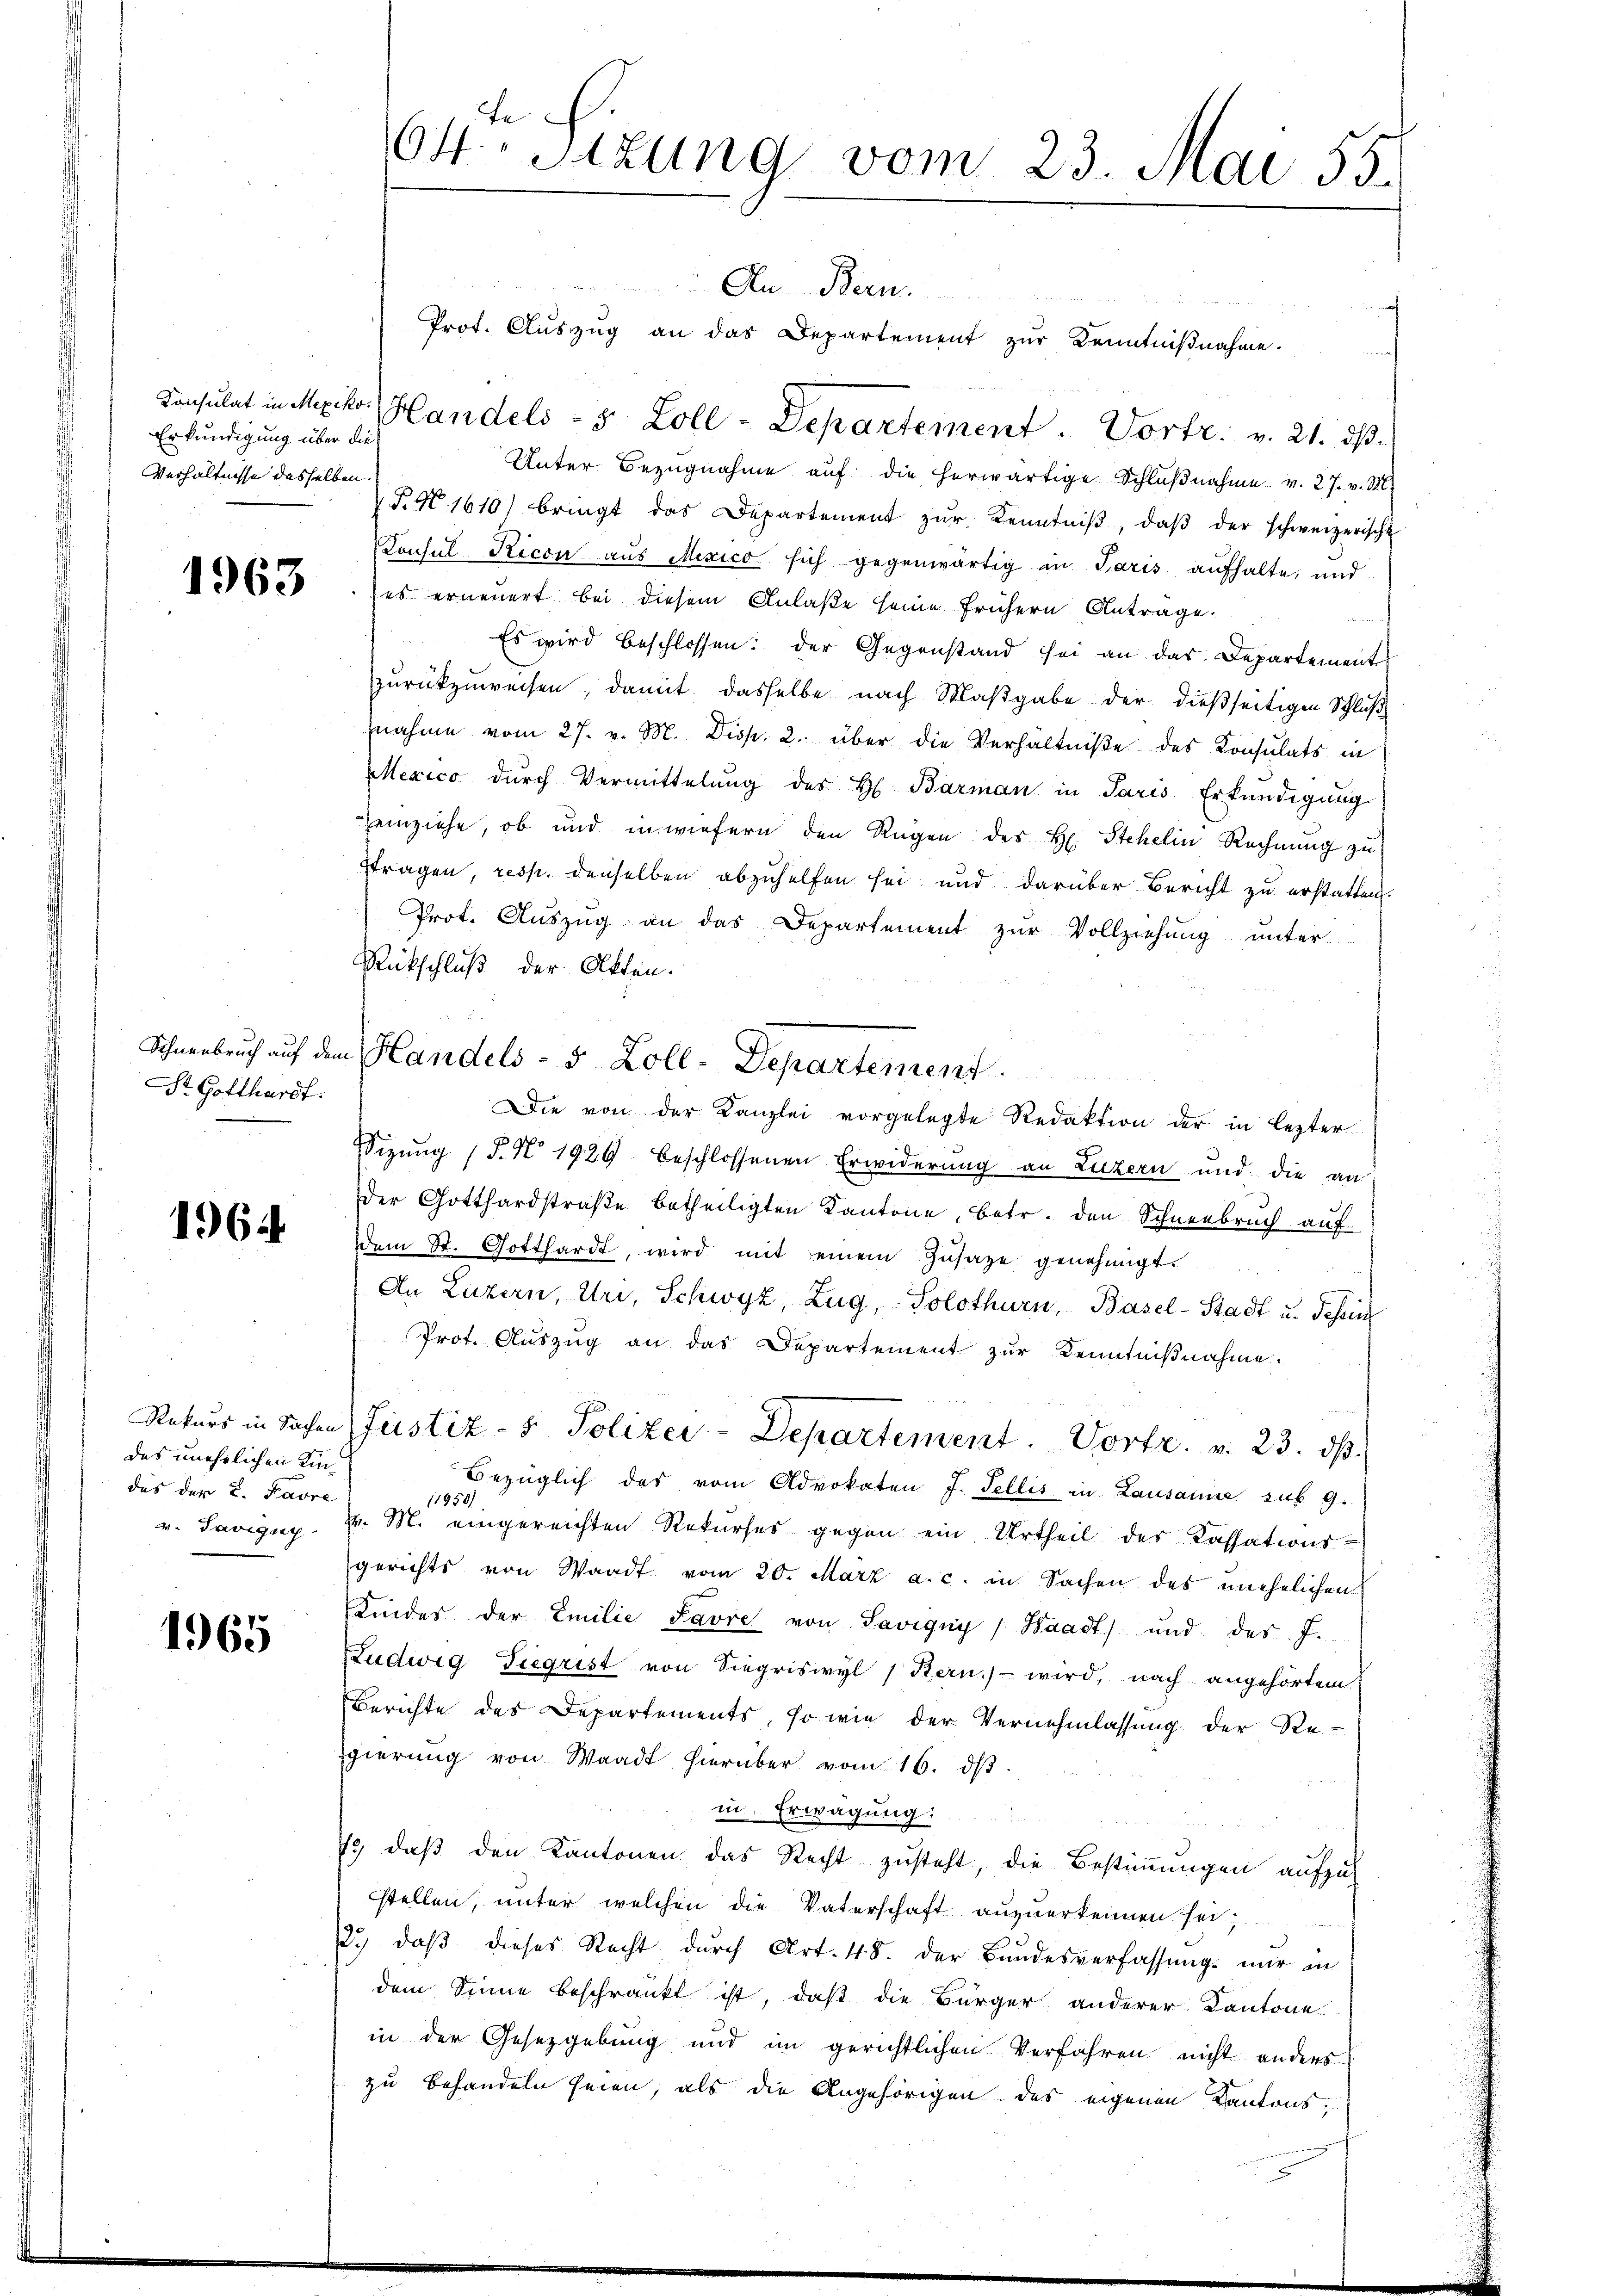
Erkundigung über die
Verhältnisse desselben.

1963

1964

1965

Str. Gotthardt.

das unehrlichen Kindas der u. Pavre

64 Sizung vom 23. Mai 55.

Au Bern
Prot. Aŭszŭg an das Departement zŭr Kenntniβnahme.
Konsulat in Mexikon, Handels - 5. Zoll - Departement. Vortr. v. 21. ds.
Unter Bezŭgnahme aŭf die herwärtige Schlŭβnahme v. 27. v. M.
§. N 1610) bringt das Departement zŭr Kenntniβ, daβ der schweizerische
Tonsul Ricon aus Mexico sich gegenwärtig in Paris aufhalte, und
es erneuert bei diesem Anlaße seine frühern Antrage.
Es wird beschlossen: der Gegenstand sei an das Departement
zurückzuweisen, damit dasselbe nach Maßgabe der dießseitigen Schluß
nahme vom 27. v. M. Disp. 2. über die Verhältniße des Konsulats in
Mexico durch Vermittelung des H. Barman in Paris Erkundigung
einziehe, ob und inwiefern den Rügen des H. Stehelin Rechnung zu
stragen, resp. denselben abzuhelfen sei und darüber Bericht zu erstatten.
Prot. Aŭszŭg an das Departement zŭr Vollziehŭng unter
Rückschluß der Akten.
Schneebruch auf dem Handels - 5 Zoll-Departement
Die von der Kanzlei vorgelegte Redaktion der in lezter
Sizŭng (T. N 1929 beschlossenen Erwiderung an Luzern und die an
Der Gotthardstraße betheiligten Kantone, betr. den Schneebruch auf
dem St. Gotthardt, wird mit einem Zŭsaze genehmigt.

An Luzern, Uri, Schwyz, Zug, Solothurn, Basel-Stadt u. Schein
Prot. Aŭszŭg an das Departement zŭr Kenntniβnahme.
Rekurs in Sachen Justiz- & Polizei-Departement. Vortr. v. 23. ds.
Bezüglich des vom Advokaten J. Fellis in Lausanne sub 9.
v. Savigny v. M. eingereichten Rekurses gegen ein Urtheil des Kassations-
gerichts von Waadt vom 20. März a. c. in Sachen des unehelichen
Kindes der Emilie Favre von Savigny, Waadt) und des J.
Ludwig Siegrist von Siegriswyl 1. Bern) wird, nach angehörtem
Berichte des Departements, so wie der Vernehmlassung der Re-
gierung von Waadt hierüber vom 16. dβ.
in Erwägung:
73, daß den Kantonen das Recht zusteht, die Bestimmungen aufzustellen, unter welchen die Vaterschaft anzuerkennen sei;
22. daβ dieses Recht dŭrch Art. 48. der Bŭndesverfassŭng nur in
dem Sinne beschränkt ist, daß die Bürger anderer Kantone
in der Gesetzgebung und im gerichtlichen Verfahren nicht anders
zu behandeln seien, als die Angehörigen des eigenen Kantons,